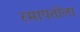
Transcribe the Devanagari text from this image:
रमापतीला